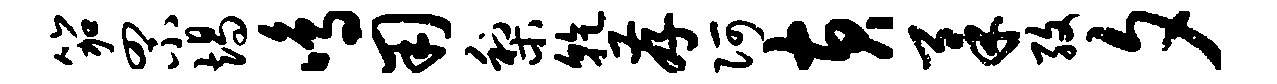
笳罘竭鸣用梨干存阿黄柔孜夕